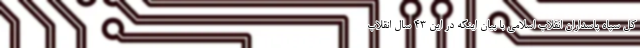
کل سپاه پاسداران انقلاب اسلامی با بیان اینکه در این ۴۳ سال انقلاب